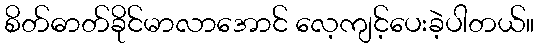
စိတ်ဓာတ်ခိုင်မာလာအောင် လေ့ကျင့်ပေးခဲ့ပါတယ်။